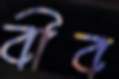
বীব